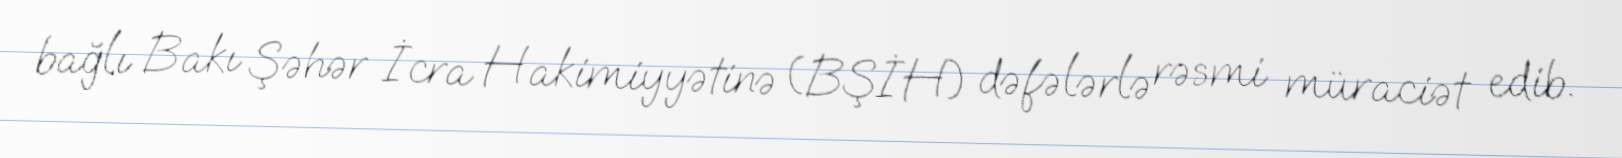
bağlı Bakı Şəhər İcra Hakimiyyətinə (BŞİH) dəfələrlə rəsmi müraciət edib.